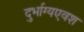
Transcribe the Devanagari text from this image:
दुर्भाग्यएवश